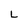
Character: L